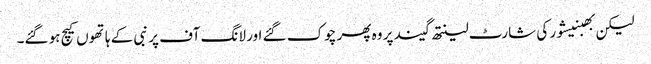
لیکن بھبنیشور کی شارٹ لینتھ گیند پر وہ پھر چوک گئے اور لانگ آف پر نبی کے ہاتھوں کیچ ہو گئے۔